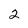
Character: 2